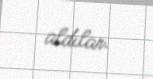
aldılar.